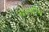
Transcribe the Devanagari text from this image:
डल्बीन